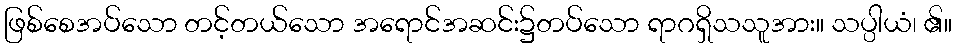
ဖြစ်စေအပ်သော တင့်တယ်သော အရောင်အဆင်း၌တပ်သော ရာဂရှိသသူအား။ သပ္ပါယံ၊ ၏။